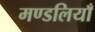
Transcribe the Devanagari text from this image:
मण्डलियाँ